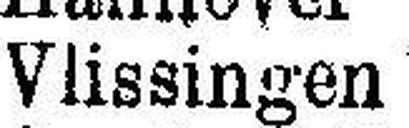
Vlissingen